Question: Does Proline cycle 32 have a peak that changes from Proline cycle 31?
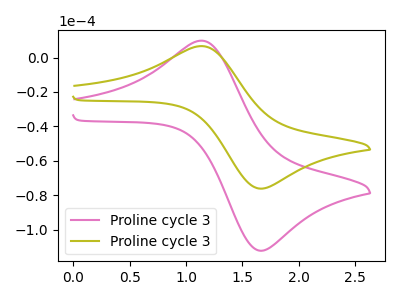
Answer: <think>The pink curve "Proline cycle 31" has an anodic peak at (1.15V, 9.80uA) and a cathodic peak at (1.70V, -112.05uA). The olive curve "Proline cycle 32" has an anodic peak at (1.15V, 6.65uA) and a cathodic peak at (1.70V, -76.00uA).
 All the peaks in "Proline cycle 32" have a peak in "Proline cycle 31" at the same potential. Every peak in "Proline cycle 32" is lower than every peak in "Proline cycle 31".</think>
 <answer>No, "Proline cycle 32" and "Proline cycle 31" don't appear to be significantly different in shape</answer>
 <eval>no_change</eval>